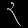
Digit: ၃